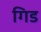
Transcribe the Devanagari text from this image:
गिड